Scottish Certificate of Education, 1963
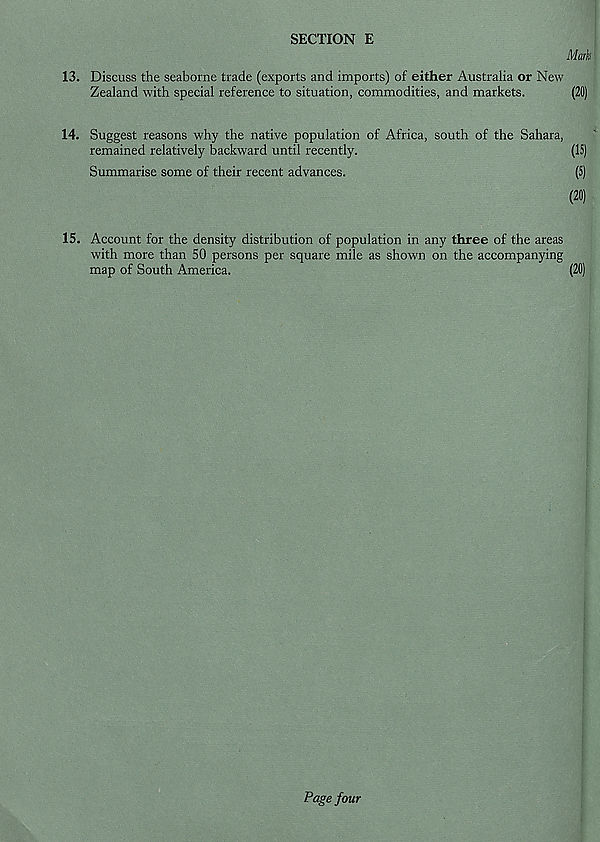
SECTION E
Mark
13. Discuss the seaborne trade (exports and imports) of either Australia or New
Zealand with special reference to situation, commodities, and markets.
(20)
14. Suggest reasons why the native population of Africa, south of the Sahara,
remained relatively backward until recently.
(15)
Summarise some of their recent advances.
(5)
(20)
15. Account for the density distribution of population in any three of the areas
with more than 50 persons per square mile as shown on the accompanying
map of South America.
(20)
Page four